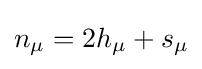
n_{\mu }=2h_{\mu }+s_{\mu }